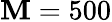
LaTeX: \mathbf{M}=500